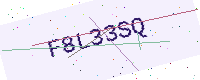
Text: F8L33SQ